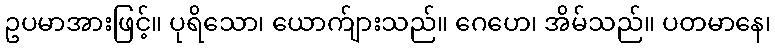
ဥပမာအားဖြင့်။ ပုရိသော၊ ယောက်ျားသည်။ ဂေဟေ၊ အိမ်သည်။ ပတမာနေ၊